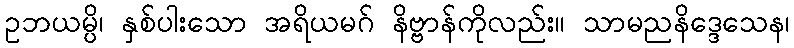
ဥဘယမ္ပိ၊ နှစ်ပါးသော အရိယမဂ် နိဗ္ဗာန်ကိုလည်း။ သာမညနိဒ္ဒေသေန၊